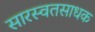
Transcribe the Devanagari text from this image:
सारस्वतसाधक